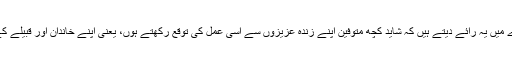
کچھ علم بشریات کے ماہرین اس بارے میں یہ رائے دیتے ہیں کہ شاید کچھ متوفین اپنے زندہ عزیزوں سے اسی عمل کی توقع رکھتے ہوں، یعنی اپنے خاندان اور قبیلے کے لیے خیرسگالی کا ایک آخری پیغام۔